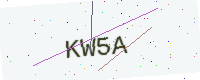
Text: KW5A